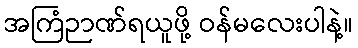
အကြံဉာဏ်ရယူဖို့ ဝန်မလေးပါနဲ့။